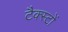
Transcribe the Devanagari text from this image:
टैक्स्टों